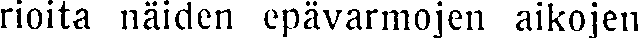
rioita näiden epävarmojen aikojen